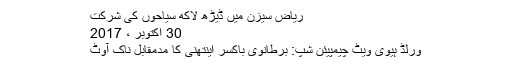
ریاض سیزن میں ڈیڑھ لاکھ سیاحوں کی شرکت
30 اکتوبر ، 2017
ورلڈ ہیوی ویٹ چیمپیئن شپ: برطانوی باکسر اینتھنی کا مدمقابل ناک آوٹ